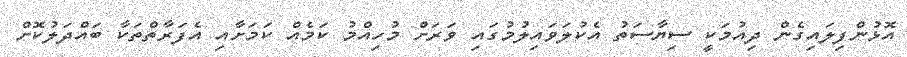
އޮޅުންފިލައިގެން ދިއުމަކީ ސިޔާސަތު އެކުލަވައިލުމުގައި ވަރަށް މުހިއްމު ކަމެއް ކަމަށާއި އެފަރާތްތަކާ ބައްދަލުކޮށް